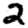
Digit: 2